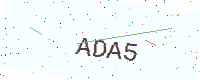
Text: ADA5